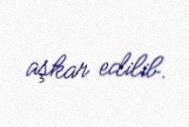
aşkar edilib.